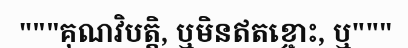
"""គុណវិបត្តិ, ឬមិនឥតខ្ចោះ, ឬ"""